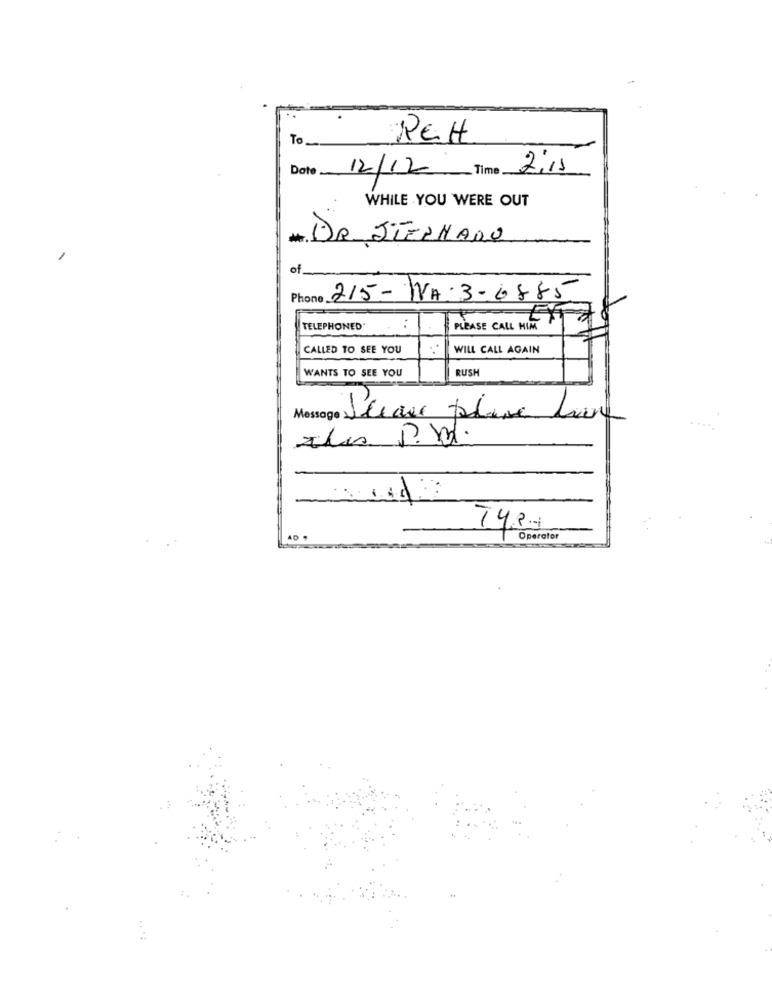
To
REH
Date
12/12 Time 2.11
WHILE YOU WERE OUT
DR STERNADO
1
Phone 215- IVA:3-6885
TELEPHONED'
:
PLEASE CALL HIM
CALLED TO SEE YOU
WILL CALL AGAIN
WANTS TO SEE YOU
RUSH
Message Please plane la
Ides p.M.
AD
Operator